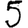
Digit: 5